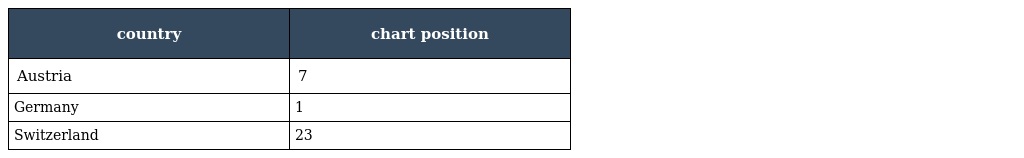
| country | chart position |
 | --- | --- |
 | Austria | 7 |
 | Germany | 1 |
 | Switzerland | 23 |